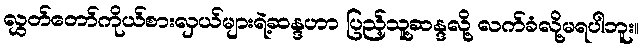
လွှတ်တော်ကိုယ်စားလှယ်များရဲ့ဆန္ဒဟာ ပြည့်သူ့ဆန္ဒလို့ လက်ခံလို့မရပါဘူး။